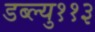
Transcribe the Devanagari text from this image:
डब्ल्यु११३